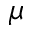
\mu